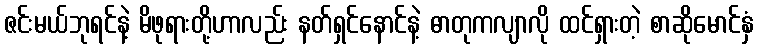
ဇင်းမယ်ဘုရင်နဲ့ မိဖုရားတို့ဟာလည်း နတ်ရှင်နောင်နဲ့ ဓာတုကလျာလို ထင်ရှားတဲ့ စာဆိုမောင်နှံ